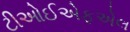
ટીઓઈએફએલ